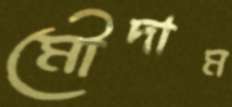
মৌদাম